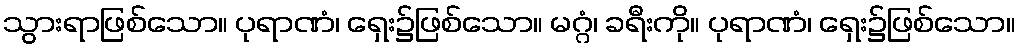
သွားရာဖြစ်သော။ ပုရာဏံ၊ ရှေး၌ဖြစ်သော။ မဂ္ဂံ၊ ခရီးကို။ ပုရာဏံ၊ ရှေး၌ဖြစ်သော။